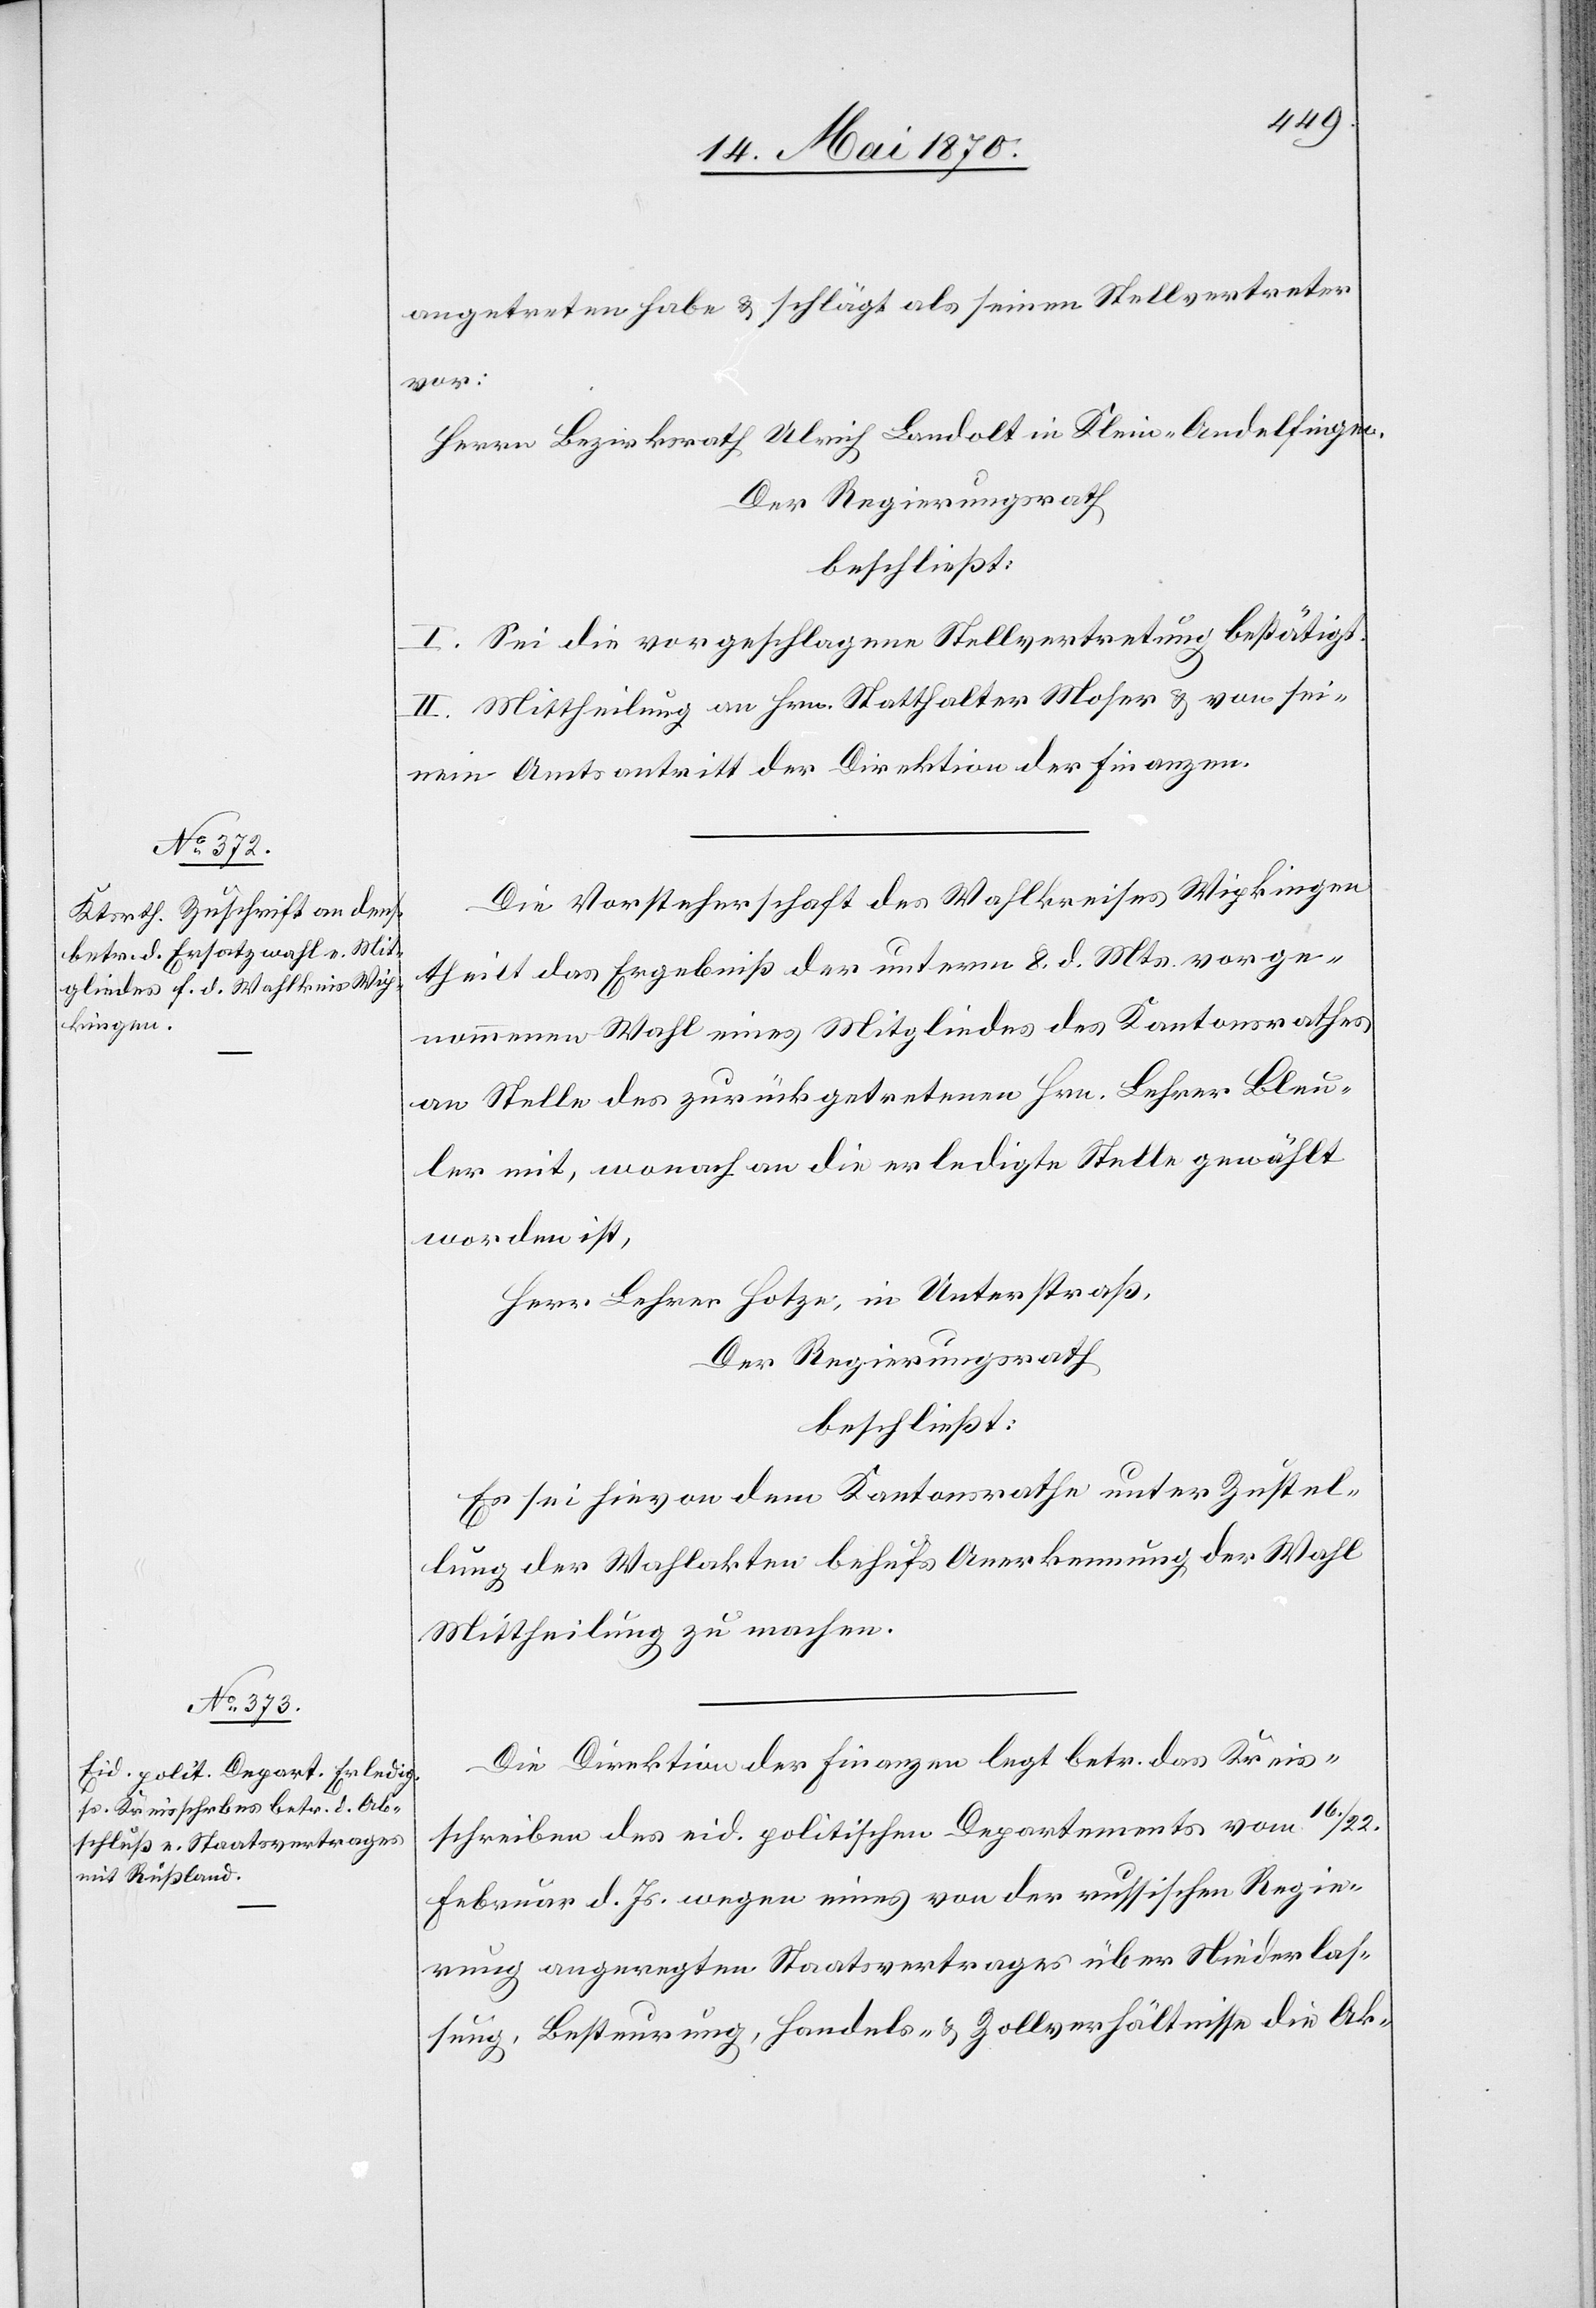
angetreten habe & schlägt als seinen Stellvertreter
vor:
Herrn Bezirksrath Ulrich Landolt in Klein-Andelfingen.
Der Regierungsrath
beschließt:
I. Sei die vorgeschlagene Stellvertretung bestätigt.
II. Mittheilung an Hrn. Statthalter Moser & von sei¬
nem Amtsantritt der Direktion der Finanzen.
Die Vorsteherschaft des Wahlkreises Wipkingen
theilt das Ergebniß der unterm 8. d. Mts. vorge¬
nommenen Wahl eines Mitgliedes des Kantonsrathes
an Stelle des zurückgetretenen Hrn. Lehrer Bleu¬
ler mit, wonach an die erledigte Stelle gewählt
worden ist,
Herr Lehrer Hotze, in Unterstraß,
Der Regierungsrath
beschließt:
Es sei hievon dem Kantonsrathe unter Zustel¬
lung der Wahlakten behufs Anerkennung der Wahl
Mittheilung zu machen.
Die Direktion der Finanzen legt betr. das Kreis¬
schreiben des eid. politischen Departements vom 16./22.
Februar d. Js. wegen eines von der russischen Regie¬
rung angeregten Staatsvertrages über Niederlas¬
sung, Besteuerung, Handels- & Zollverhältnisse die Ak-